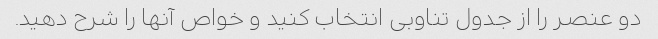
دو عنصر را از جدول تناوبی انتخاب کنید و خواص آنها را شرح دهید.